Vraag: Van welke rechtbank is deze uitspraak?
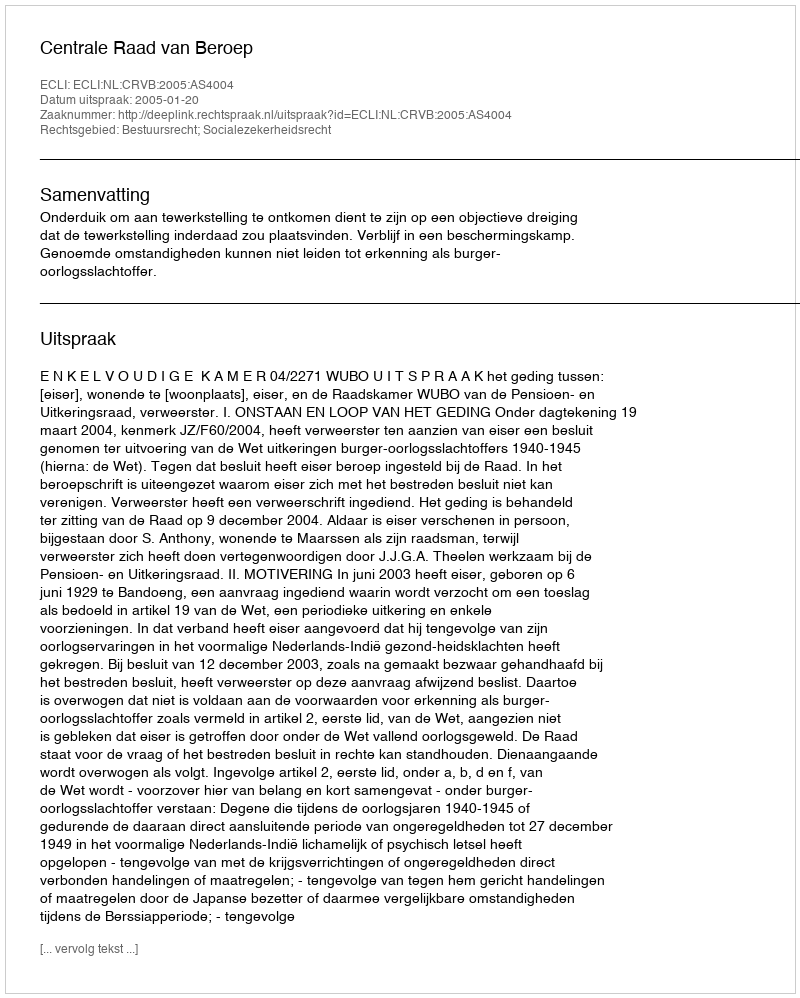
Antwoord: Centrale Raad van Beroep